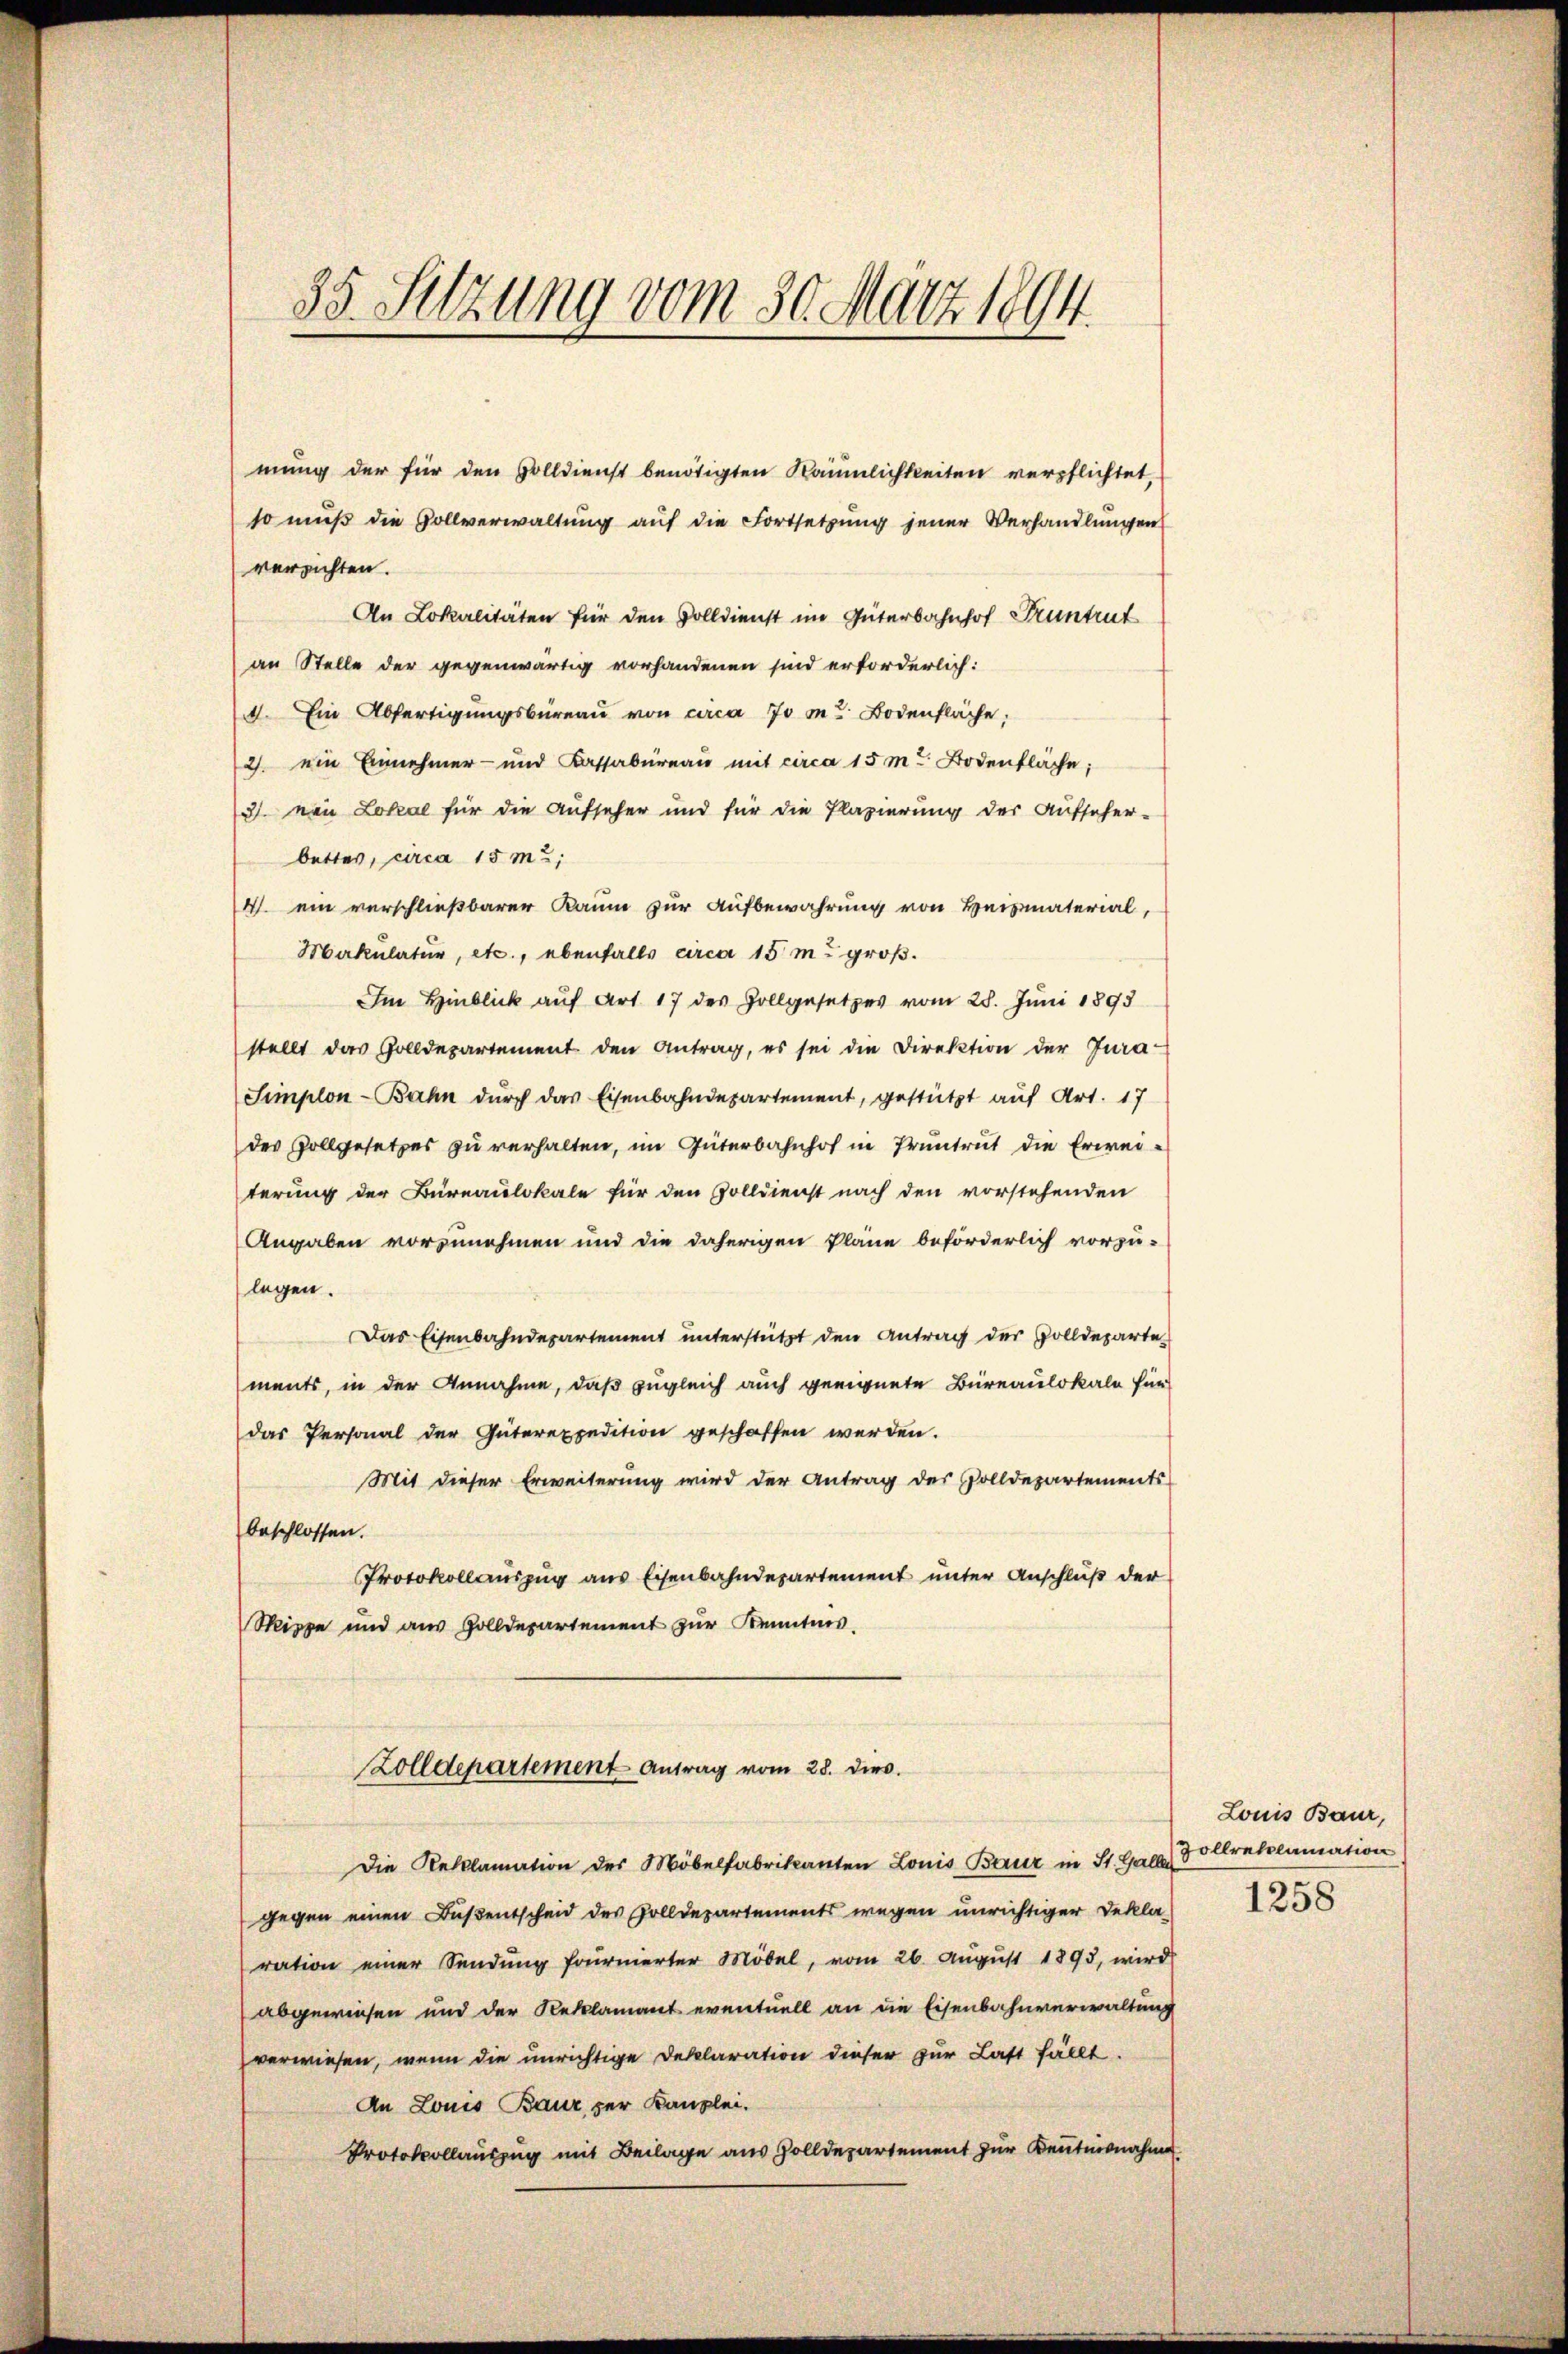
35. Setzung vom 30. März 1894.

mung der für den Volldienst benötigten Räumlichkeiten verpflichtet,
so muß die Gollverwaltung auf die Fortsetzung jener Verhandlungen
versichten.
An Lokalitäten für den Volldienst im Güterbahnhof Pruntrut
an Stelle der gegenwärtig vorhandenen sind erforderlich:
4. Ein Abfertigungsbüreaŭ von circa 70 m. Bodenfläche,
2) ein Einnehmer- und Kassabureau mit circa 15 m Bodenfläche;
3. von Lokal für die Aufseher und für die Plagierung der Aufseher-
bettes, circa 15 m2;
4. ein verschließbarer Raum zur Aufbewahrung von Heimaterial,
Makulatur, etc., ebenfalls circa 15 m groß.
Im Hinblick auf Art 17 des Zollgesetzes vom 28. Juni 1893
stellt das Golldepartement den Antrag, es sei die Direktion der Jura-
Simplon-Bahn durch das Eisenbahndepartement, gestützt auf Art. 17
des Zollgesetzes zu verhalten, im Güterbahnhof in Pruntrut die Erweiterung der Bureaulokale für den Zolldienst nach den vorstehenden
Angaben vorzunehmen und die daherigen Pläne beförderlich vorzu-
legen.
Das Eisenbahndepartement unterstützt den Antrag der Zolldeparte
ments, in der Annahme, daß zugleich auch geeignete Büreaulokale für
das Personal der Güterexpedition geschaffen werden.
Mit dieser Erweiterung wird der Antrag des Volldepartements
beschlossen.
Protokollauszug aus Eisenbahndepartement unter Anschluß der
Sippe und aus Zolldepartement zŭr Kenntnis.
Zolldepartement Antrag vom 28. dies.
Die Reklamation des Möbelfabrikanten Louis Bauz in St. Galle oltreklamation
gegen einen Bußentscheid des Zolldepartements wegen unrichtiger Deklaration einer Sendung fournierter Möbel, vom 26. August 1893, wird
abgewiesen und der Reklamant eventuell an die Eisenbahnverwaltung
verwiesen, wenn die unrichtige Deklaration dieser zur Last fällt.
An Louis Baur, per Kanzlei.
Protokollauszug mit Beilage aus Zolldepartement zur Kenntnisnahme

Louis Baur,

1258